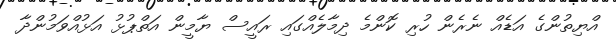
އްޔިތުންގެ އަޑެއް ނެރެން ހުރި ކޮންމެ ދިމާލެއްގައި ރައީސް ޔާމީން އަތްޕުޅު އަޅުއްވަމުންދާ